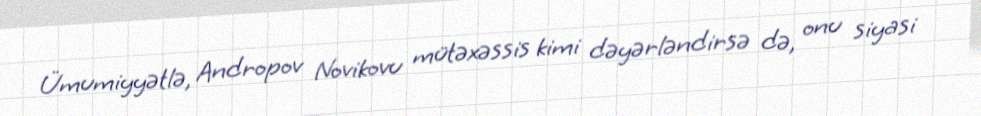
Ümumiyyətlə, Andropov Novikovu mütəxəssis kimi dəyərləndirsə də, onu siyasi